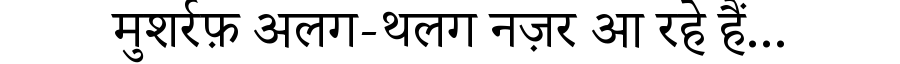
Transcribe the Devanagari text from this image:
मुशर्रफ़ अलग-थलग नज़र आ रहे हैं...